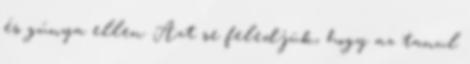
és gúnya ellen. Azt se feledjük, hogy az tanul